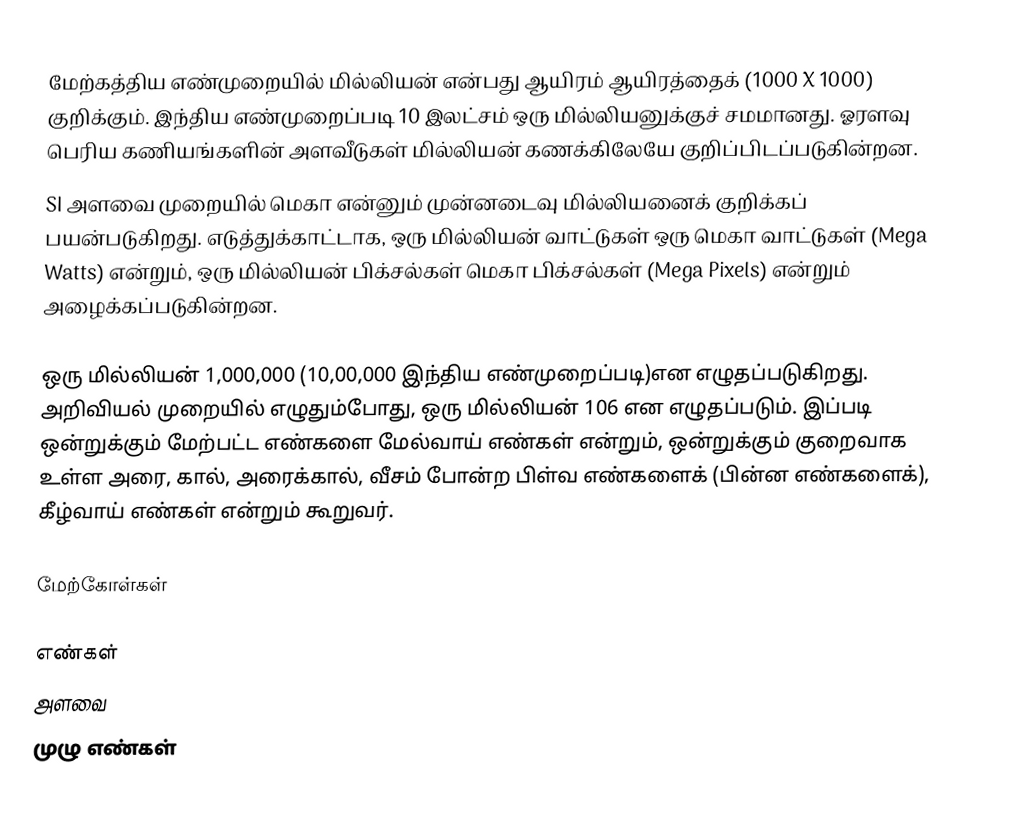
மேற்கத்திய எண்முறையில் மில்லியன் என்பது ஆயிரம் ஆயிரத்தைக் (1000 X 1000) குறிக்கும். இந்திய எண்முறைப்படி 10 இலட்சம் ஒரு மில்லியனுக்குச் சமமானது. ஓரளவு பெரிய கணியங்களின் அளவீடுகள் மில்லியன் கணக்கிலேயே குறிப்பிடப்படுகின்றன.
SI அளவை முறையில் மெகா என்னும் முன்னடைவு மில்லியனைக் குறிக்கப் பயன்படுகிறது. எடுத்துக்காட்டாக, ஒரு மில்லியன் வாட்டுகள் ஒரு மெகா வாட்டுகள் (Mega Watts) என்றும், ஒரு மில்லியன் பிக்சல்கள் மெகா பிக்சல்கள் (Mega Pixels) என்றும் அழைக்கப்படுகின்றன.

ஒரு மில்லியன் 1,000,000 (10,00,000 இந்திய எண்முறைப்படி)என எழுதப்படுகிறது. அறிவியல் முறையில் எழுதும்போது, ஒரு மில்லியன் 106 என எழுதப்படும். இப்படி ஒன்றுக்கும் மேற்பட்ட எண்களை மேல்வாய் எண்கள் என்றும், ஒன்றுக்கும் குறைவாக உள்ள அரை, கால், அரைக்கால், வீசம் போன்ற பிள்வ எண்களைக் (பின்ன எண்களைக்), கீழ்வாய் எண்கள் என்றும் கூறுவர்.

மேற்கோள்கள்

எண்கள்
அளவை
முழு எண்கள்